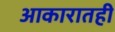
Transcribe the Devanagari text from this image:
आकारातही